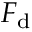
F _ { \mathrm { d } }